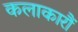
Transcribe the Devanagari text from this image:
कलाकारौं